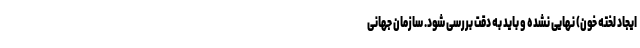
ایجاد لخته خون) نهایی نشده و باید به دقت بررسی شود. سازمان جهانی